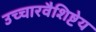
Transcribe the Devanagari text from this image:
उच्चारवैशिष्टेय